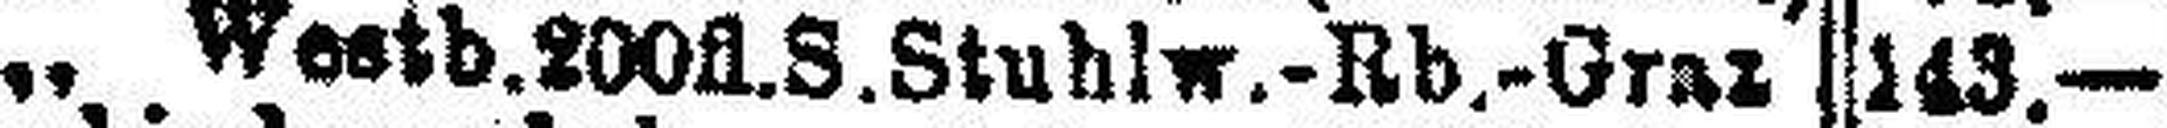
„ Westb. 200fl. S. Stuhlw.-Rb.-Graz